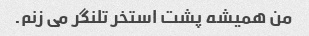
من همیشه پشت استخر تلنگر می زنم.